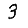
Digit: 3